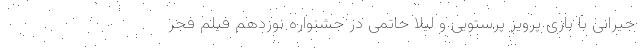
جیرانی با بازی پرویز پرستویی و لیلا حاتمی در جشنواره نوزدهم فیلم فجر